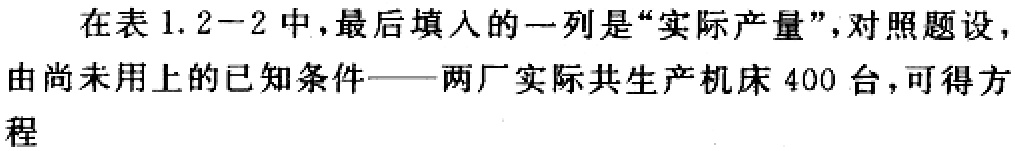
在表 1.2−2 中，最后填入的一列是“实际产量”，对照题设，由尚未用上的已知条件——两厂实际共生产机床 400 台，可得方程